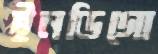
ইনডিগো